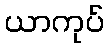
ယာကုပ်